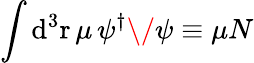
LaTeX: \int\mathrm{d}^{3}\mathrm{r\, }\mu\, \psi^{\dagger}\/ \psi\equiv\mu N